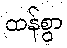
ထန်စွာ